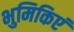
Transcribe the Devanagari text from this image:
भुमिकिएं